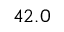
4 2 . 0